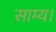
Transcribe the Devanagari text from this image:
साम्य।